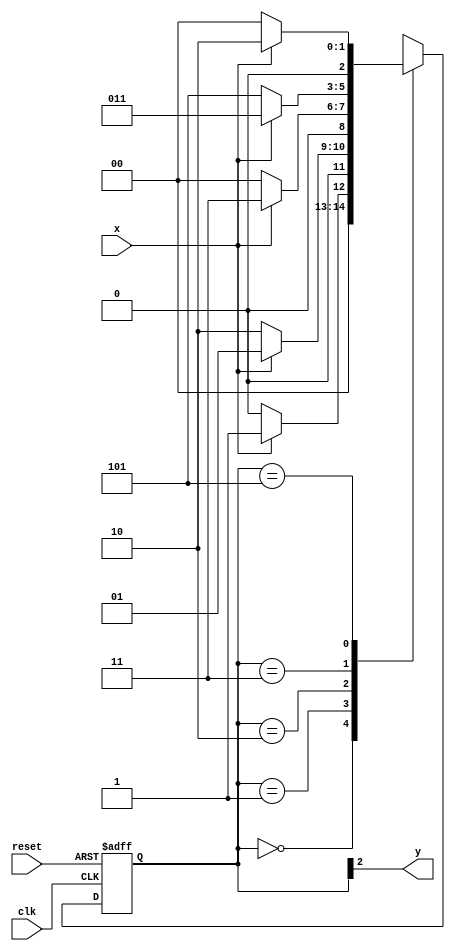
// Exemplo0052
// Aluno: Roger Rubens Machado

// -------------- 
// --- Moore FSM 
// -------------- 

// constant definition 
`define found 1 
`define notfound 0 

// FSM by Moore 
module moore1010 ( y, x, clk, reset ); 
output y; 
input x; 
input clk; 
input reset; 
reg y; 

parameter // state identifiers 

start = 3'b000, 
id1 = 3'b001, 
id10 = 3'b010, 
id101 = 3'b011, 
id1010 = 3'b101; // signal found 

reg [2:0] E1; // current state variables 
reg [2:0] E2; // next state logic output 

// next state logic 
always @( x or E1 ) 
	begin 
		case( E1 ) 
			start: 
				if ( x ) 
					E2 = id1; 
				else 
					E2 = start; 
	id1: 
		if ( x ) 
			E2 = id1; 
		else 
		E2 = id10; 
	id10: 
		if ( x ) 
			E2 = id101; 
		else 
			E2 = start; 
	id101: 
		if ( x ) 
			E2 = id101; 
		else 
			E2 = id1010; 
	id1010: 
		if ( x ) 
			E2 = id10; 
		else 
			E2 = start;			 
default: // undefined statee 
E2 = 3'bxxx; 
endcase 
end // always at signal or state changing 

// state variables 
always @( posedge clk or negedge reset ) 
begin 
if ( reset ) 
E1 = E2; // updates current state 
else 
E1 = 0; // reset 
end // always at signal changing 

// output logic 
always @( E1 ) 
begin 
y = E1[2]; // first bit of state value 

end // always at state changing 

endmodule // moore1010